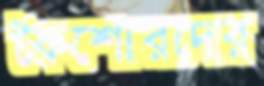
কৈশোরদের